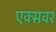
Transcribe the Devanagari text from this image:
एक्सवर